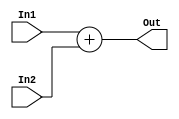
module add_16(
	input wire[15:0] In1,
	input wire[15:0] In2,

	output wire[15:0] Out
    );	

	assign Out = In1 + In2;

endmodule